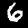
Digit: 6